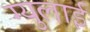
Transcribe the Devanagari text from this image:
ग्युलाई